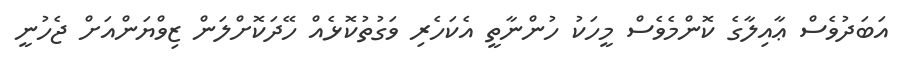
އަބަދުވެސް ޢާއިލާގެ ކޮންމެވެސް މީހަކު ހުންނާތީ އެކަހެރި ވަގުތުކޮޅެއް ހޭދަކޮށްލަން ޒިވްޔަންއަށް ޖެހުނީ